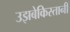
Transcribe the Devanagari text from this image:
उझबेकिस्तानी